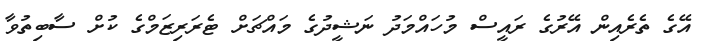
އޭގެ ތެރެއިން އޭރުގެ ރައީސް މުހައްމަދު ނަޝީދުގެ މައްޗަށް ޓެރަރިޒަމްގެ ކުށް ސާބިތުވާ